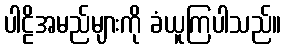
ပါဠိအမည်များကို ခံယူကြပါသည်။